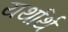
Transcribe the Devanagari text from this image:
यर्थार्थ